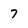
Character: 7